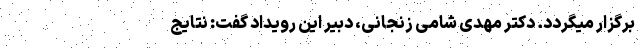
برگزار میگردد. دکتر مهدی شامی زنجانی، دبیر این رویداد گفت: نتایج